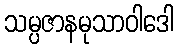
သမ္ပဇာနမုသာဝါဒေါ